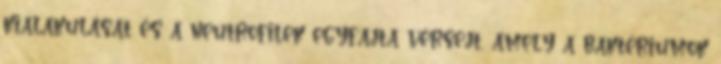
kialakulását és a neutrofilek egyfajta vérsejt, amely a baktériumok